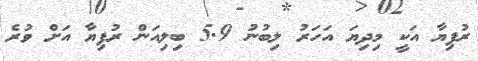
ރުފިޔާ އަކީ މިދިޔަ އަހަރު ލިބުނު 5.9 ބިލިއަން ރުފިޔާ އަށް ވުރެ